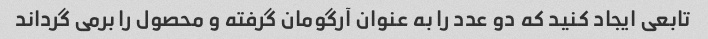
تابعی ایجاد کنید که دو عدد را به عنوان آرگومان گرفته و محصول را برمی گرداند